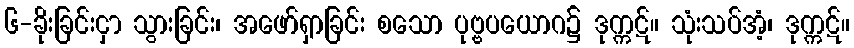
၆-ခိုးခြင်းငှာ သွားခြင်း၊ အဖော်ရှာခြင်း စသော ပုဗ္ဗပယောဂ၌ ဒုက္ကဋ်။ သုံးသပ်အံ့၊ ဒုက္ကဋ်။